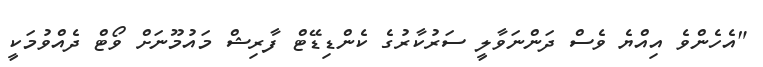
"އެހެންވެ އިއްޔެ ވެސް ދަންނަވާލީ ސަރުކާރުގެ ކެންޑިޑޭޓް ފާރިޝް މައުމޫނަށް ވޯޓް ދެއްވުމަކީ